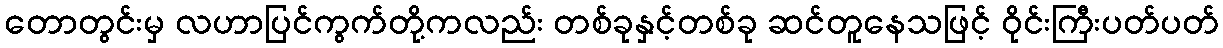
တောတွင်းမှ လဟာပြင်ကွက်တို့ကလည်း တစ်ခုနှင့်တစ်ခု ဆင်တူနေသဖြင့် ဝိုင်းကြီးပတ်ပတ်